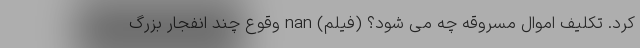
کرد. تکلیف اموال مسروقه چه می شود؟ (فیلم) nan وقوع چند انفجار بزرگ